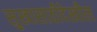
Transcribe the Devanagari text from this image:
सुखासाठीदेखील